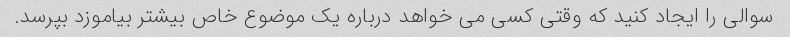
سوالی را ایجاد کنید که وقتی کسی می خواهد درباره یک موضوع خاص بیشتر بیاموزد بپرسد.